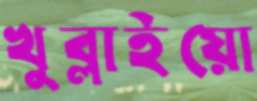
খুব্‌লাইয়ো